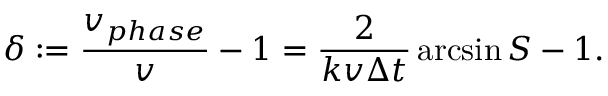
\delta : = \frac { v _ { p h a s e } } { v } - 1 = \frac { 2 } { k v \Delta t } \arcsin S - 1 .